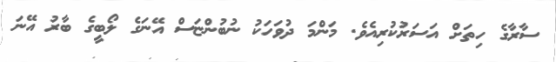
ސާރާގެ ހިތަށް އަސަރުކުރިއެވެ. މަންމަ ދުވަހަކު ނުބުންޏަސް އޭނަގެ ލޯބީގެ ބާރު އޭނަ